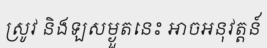
ស្រូវ និងឡសម្ងួតនេះ អាចអនុវត្តន៍